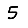
Digit: 5